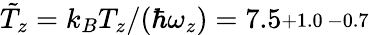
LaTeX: \tilde{T}_{z}=k_{B}T_{z}/(\hbar\omega_{z})=7.5\substack{+1.0\, -0.7}